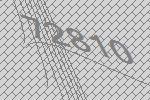
72810